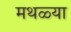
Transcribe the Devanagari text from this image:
मथळ्या